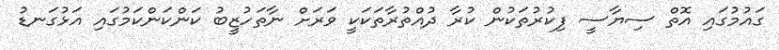
ގައުމުގައި އޮތް ސިޔާސީ ފިކުރުތަކުން ކުރާ ދުއްތުރާތަކަކީ ވަރަށް ނާތަހުޒީބު ކަންކަންކަމުގައި އަޅުގަނޑު